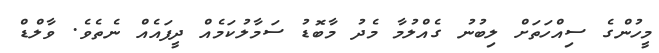
މީހުންގެ ސިއްހަތަށް ލިބުނު ގެއްލުމާ މެދު މާބޮޑު ސަމާލުކަމެއް ދީފައެއް ނެތެވެ. ވާލްޑް